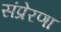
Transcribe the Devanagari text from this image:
संप्रेरणा